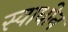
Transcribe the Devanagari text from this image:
स्‍वाधीन